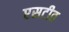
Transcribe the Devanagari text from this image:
एसटीत